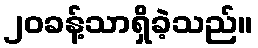
၂၀ခန့်သာရှိခဲ့သည်။